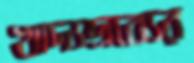
খাদ্যদ্রব্যের